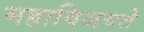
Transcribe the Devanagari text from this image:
महाविजयते